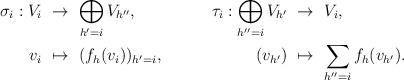
LaTeX: \begin{align*}\sigma_i : V_i & \,\,\to\,\, \bigoplus_{h'=i} V_{h''}, & {} \!\!\!\!\!\!\tau_i: \bigoplus_{h''=i}V_{h'} & \,\,\to\,\, V_i , \\v_i & \,\,\mapsto\,\, (f_h(v_i))_{h'=i}, & {} (v_{h'}) & \,\,\mapsto\,\, \sum_{h''=i} f_h(v_{h'}). \end{align*}